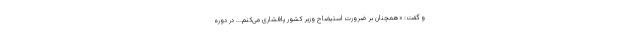
و گفت: «همچنان بر ضرورت استیضاح وزیر کشور پافشاری می‌کنم... در دوره